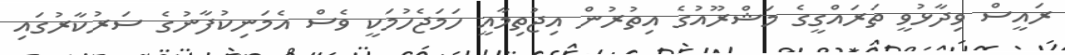
ރައީސް ވިދާޅުވީ ތަރައްގީގެ މަޝްރޫއުގެ އިތުރުން އިޖުތިމާއީ ހަމަޖެހުމަކީ ވެސް އެމަނިކުފާނުގެ ސަރުކާރުގައި